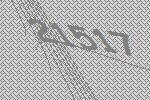
21517